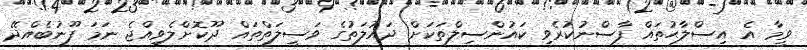
ވީމާ އެ އިސްލާޙުތައް ފާސްނުކުރެވި ކައުންސިލްތަކަށް ދައުލަތުގެ ވަސީލަތްތައް ދޫކޮށްލެވިއްޖެ ނަމަ ފޫނުބެއްދޭ